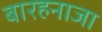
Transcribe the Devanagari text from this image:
बारहनाजा